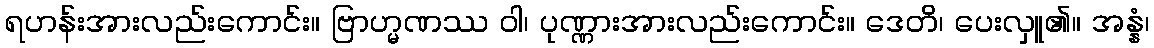
ရဟန်းအားလည်းကောင်း။ ဗြာဟ္မဏဿ ဝါ၊ ပုဏ္ဏားအားလည်းကောင်း။ ဒေတိ၊ ပေးလှူ၏။ အန္နံ၊